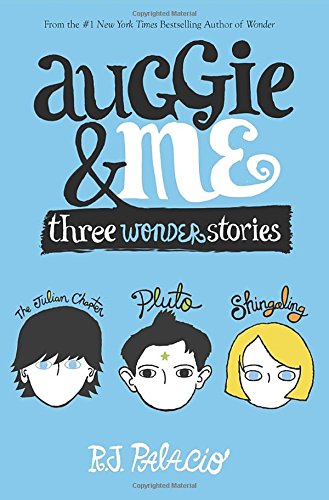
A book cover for Auggie & Me: Three Wonder Stories; R. J. Palacio; Children's Books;